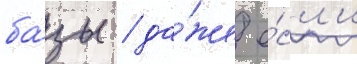
ба́зы / да́же е́сл'и